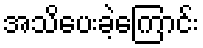
အသိပေးခဲ့ကြောင်း